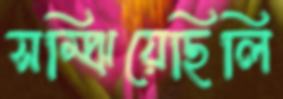
সম্‌ঝিয়েছিলি